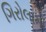
ગિરોલામો